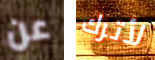
عن لأترك